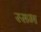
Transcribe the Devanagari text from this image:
रसभ